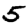
Digit: 5